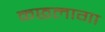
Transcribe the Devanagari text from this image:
कछलागा